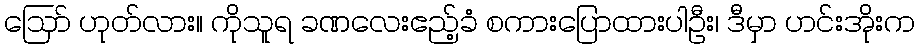
ဪ ဟုတ်လား။ ကိုသူရ ခဏလေးဧည့်ခံ စကားပြောထားပါဦး၊ ဒီမှာ ဟင်းအိုးက